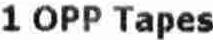
1 OPP TAPES